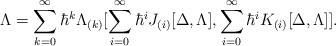
\begin{align*}\Lambda=\sum_{k=0}^{\infty}\hbar^k\Lambda_{(k)}[\sum_{i=0}^{\infty}\hbar^i J_{(i)}[\Delta,\Lambda],\sum_{i=0}^{\infty}\hbar^i K_{(i)}[\Delta,\Lambda]].\end{align*}